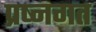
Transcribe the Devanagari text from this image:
प्रष्नगत